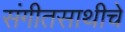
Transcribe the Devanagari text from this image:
संगीतसाथीचे